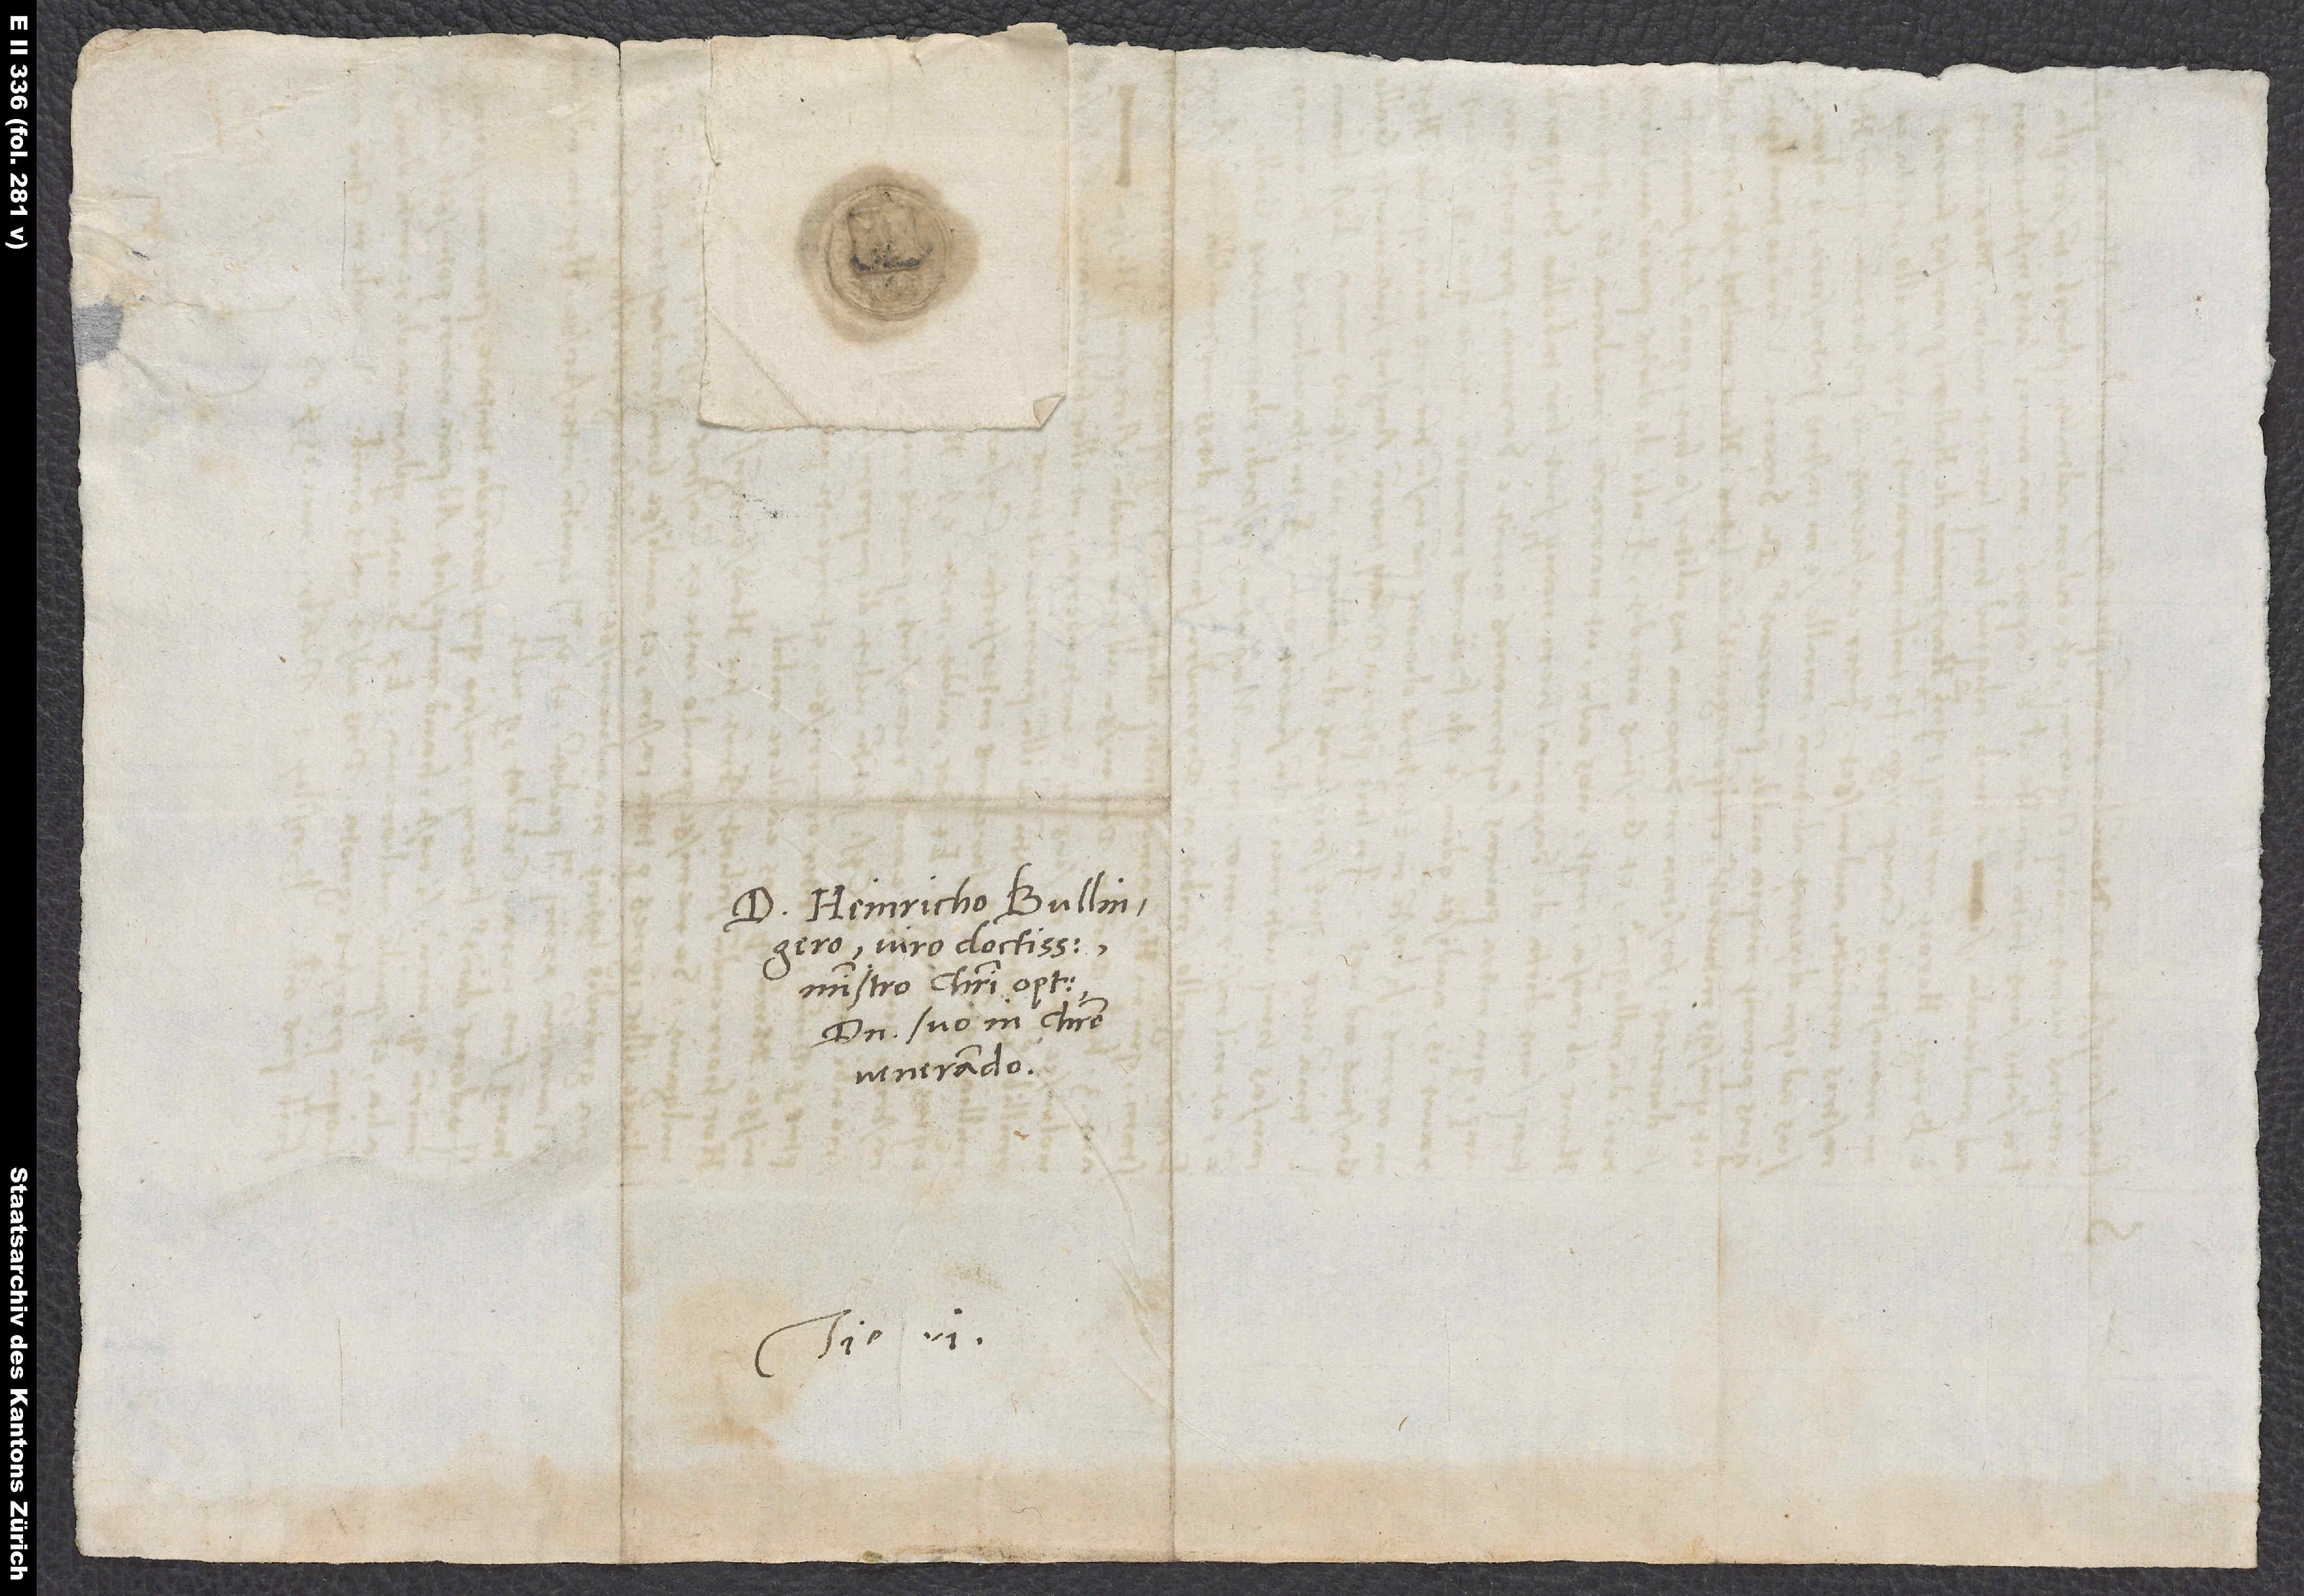
D. Heinricho Bullingero,
viro doctissimo,
ministro Christi optimo,
domino suo in Christo
venerando.